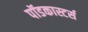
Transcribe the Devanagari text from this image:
पॉडकास्टर्स